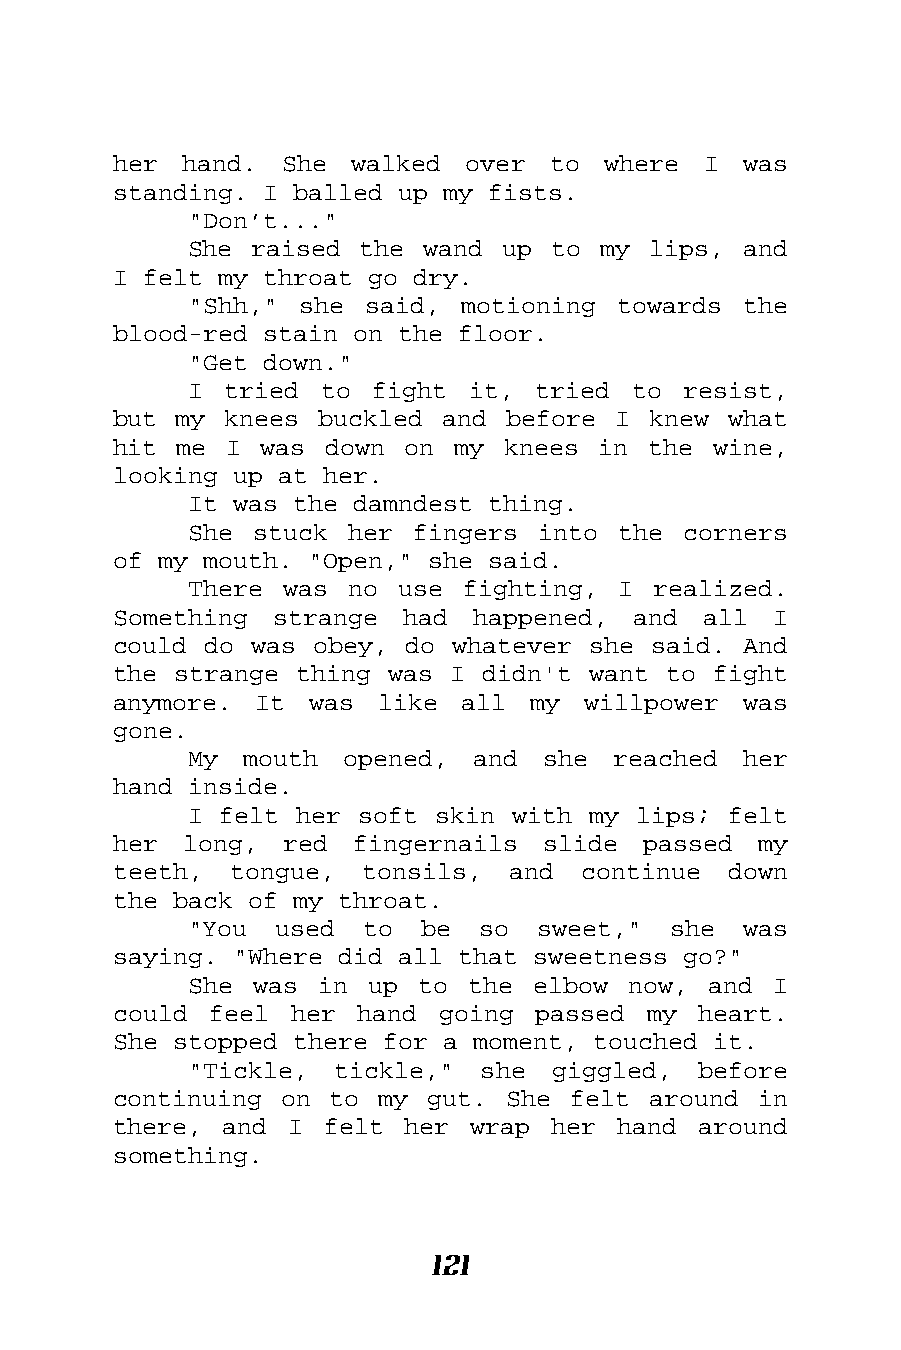
her hand.  She  walked over  to where  I  was
 standing. I balled up my fists.
 "Don’t..."
 She raised the wand  up to my lips,  and
 I felt my throat go dry.
 "Shh," she  said, motioning towards  the
 blood-red stain on the floor.
 "Get down."
 I tried  to fight it,  tried to  resist,
 but my knees  buckled and before I knew  what
 hit me I  was down on  my knees in the  wine,
 looking up at her.
 It was the damndest thing.
 She stuck her  fingers into the  corners
 of my mouth. "Open," she said.
 There was no  use fighting, I  realized.
 Something strange  had  happened, and  all  I
 could do was obey, do whatever she said.  And
 the strange thing was I didn't want to  fight
 anymore. It  was like  all  my willpower  was
 gone.
 My mouth  opened,  and she  reached  her
 hand inside.
 I felt her soft skin with my lips;  felt
 her long,  red  fingernails slide  passed  my
 teeth,  tongue, tonsils,  and  continue  down
 the back of my throat.
 "You  used to  be  so  sweet,"  she  was
 saying. "Where did all that sweetness go?"
 She was in  up to the  elbow now, and  I
 could feel  her hand going  passed my  heart.
 She stopped there for a moment, touched it.
 "Tickle,  tickle," she  giggled,  before
 continuing on to my  gut. She felt around  in
 there, and  I felt her  wrap her hand  around
 something.
 121